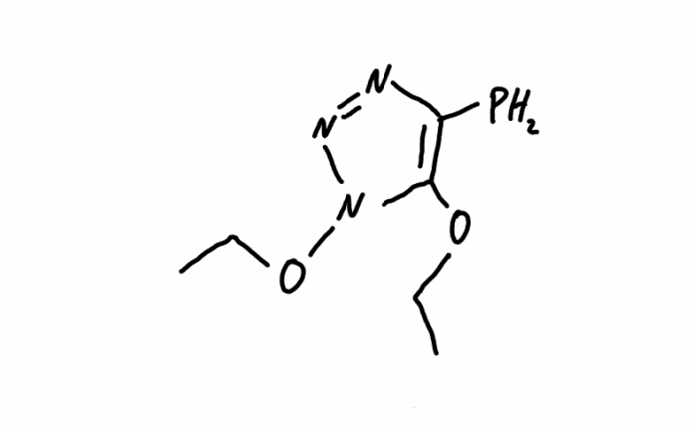
Simplified molecular-input line-entry system (SMILES) notation of the given molecule:
CCOC1=C(N=NN1OCC)P